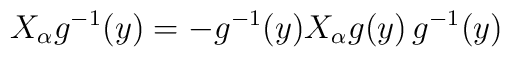
X_\alpha g^{-1}(y) = - g^{-1}(y) X_\alpha g(y) \, g^{-1}(y)